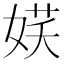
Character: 𡝩